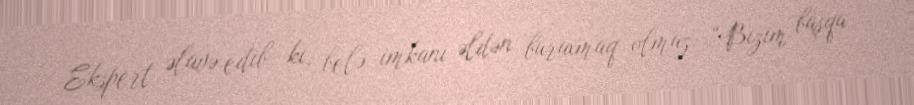
Ekspert əlavə edib ki, belə imkanı əldən buraxmaq olmaz: “Bizim başqa